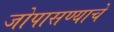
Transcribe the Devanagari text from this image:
जोपासण्याचे